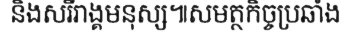
និងសរីរាង្គមនុស្ស៕សមត្ថកិច្ចប្រឆាំង